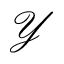
\mathcal { Y }